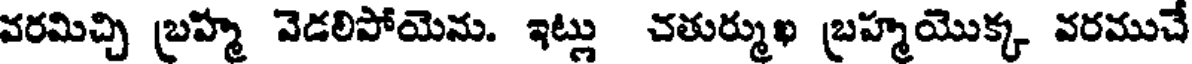
వరమిచ్చి బ్రహ్మ వెడలిపోయెను. ఇట్లు చతుర్ముఖ బ్రహ్మయొక్క వరముచే